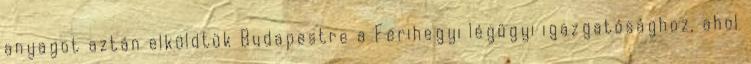
anyagot aztán elküldtük Budapestre a Ferihegyi légügyi igazgatósághoz, ahol